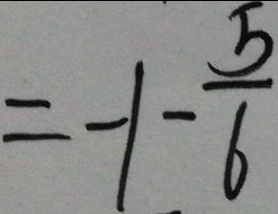
= - 1 - \frac { 5 } { 6 }